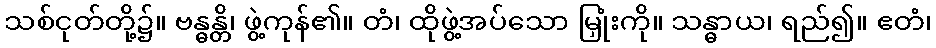
သစ်ငုတ်တို့၌။ ဗန္ဓန္တိ၊ ဖွဲ့ကုန်၏။ တံ၊ ထိုဖွဲ့အပ်သော မြှုံးကို။ သန္ဓာယ၊ ရည်၍။ ဧတံ၊